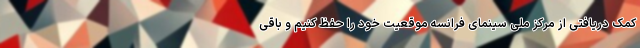
کمک دریافتی از مرکز ملی سینمای فرانسه موقعیت خود را حفظ کنیم و باقی